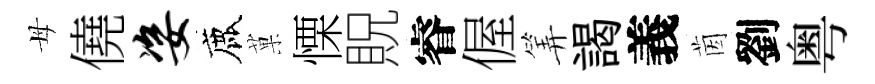
母僥姿鹿菓慄貺睿偓筭謁義茵劉粤